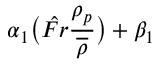
\alpha _ { 1 } \big ( \hat { F r } \frac { \rho _ { p } } { \overline { { \rho } } } \big ) + \beta _ { 1 }